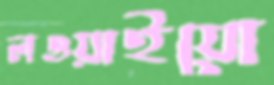
লওয়াইয়ো